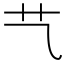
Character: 𦫴